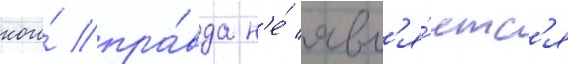
кого́ пра́вда н'е́ явл'я́етс'я